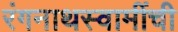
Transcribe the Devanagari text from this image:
रंगनाथस्वामींची